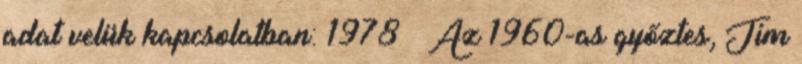
adat velük kapcsolatban: 1978 – Az 1960-as győztes, Jim